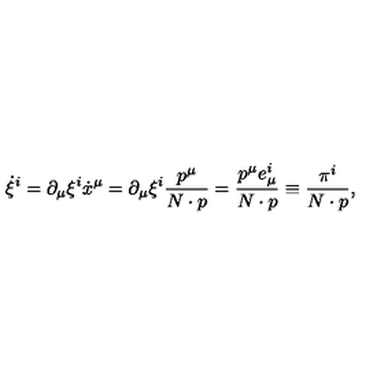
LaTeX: \dot { \xi } ^ { i } = \partial _ { \mu } \xi ^ { i } \dot { x } ^ { \mu } = \partial _ { \mu } \xi ^ { i } \frac { p ^ { \mu } } { N \cdot p } = \frac { p ^ { \mu } e _ { \mu } ^ { i } } { N \cdot p } \equiv \frac { \pi ^ { i } } { N \cdot p } ,